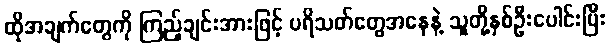
ထိုအချက်တွေကို ကြည့်ချင်းအားဖြင့် ပရိသတ်တွေအနေနဲ့ သူတို့နှစ်ဦးပေါင်းပြီး